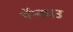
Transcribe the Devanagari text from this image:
पॅन्काउ